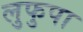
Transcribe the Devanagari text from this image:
लुफुपा